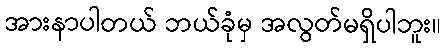
အားနာပါတယ် ဘယ်ခုံမှ အလွတ်မရှိပါဘူး။